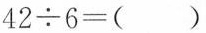
$$4 2 ÷ 6 = ( )$$